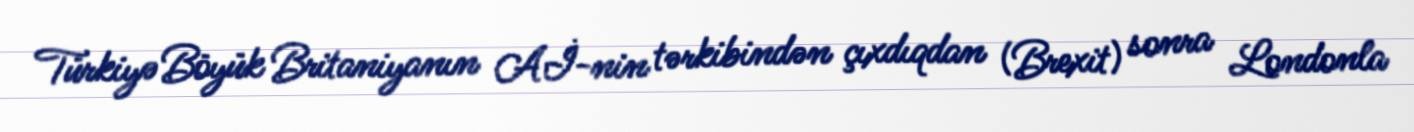
Türkiyə Böyük Britaniyanın Aİ-nin tərkibindən çıxdıqdan (Brexit) sonra Londonla